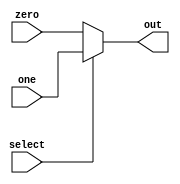
`timescale 1ns / 1ps
//////////////////////////////////////////////////////////////////////////////////
// Company: 
// Engineer: 
// 
// Design Name: 
// Module Name: mux_2_to_1_5bit
// Project Name: 
// Target Devices: 
// Tool Versions: 
// Description: 
// 
// Dependencies: 
// 
// Revision:
// Revision 0.01 - File Created
// Additional Comments:
// 
//////////////////////////////////////////////////////////////////////////////////


module mux_2_to_1_5bit(
    input wire [4:0] zero,
    input wire [4:0] one,
    input select,
    output reg [4:0] out
    );
    
    // Whenever an input changes, perform the multiplexing task
    always @(zero, one, select) begin
        if (select) out <= one;
        else out <= zero;
    end
endmodule